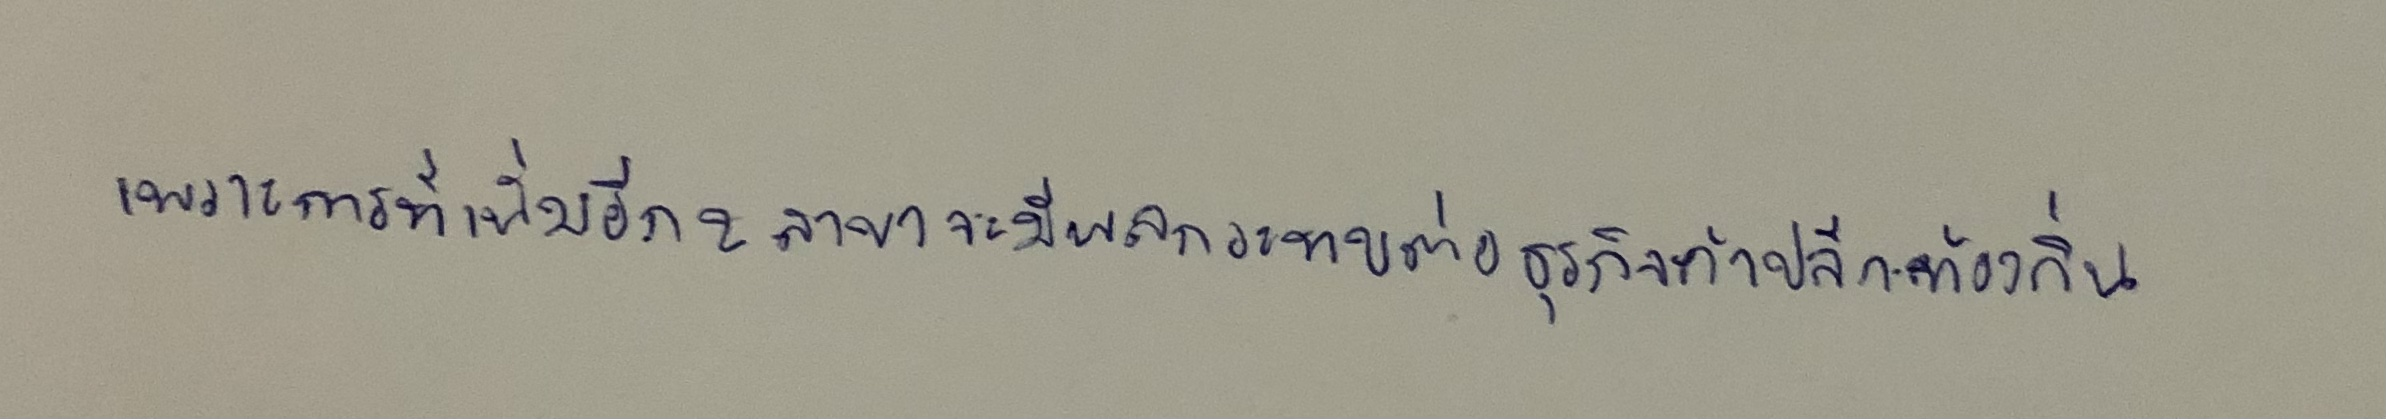
เพราะการที่เพิ่มอีก2สาขาจะมีผลกระทบต่อธุรกิจค้าปลีกท้องถิ่น